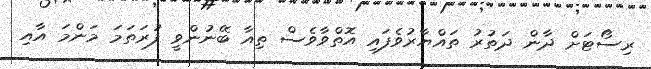
ރިސޯޓަށް ދާން ދަތުރު ތައްޔާރުވެފައި އޮތްވާވެސް ތިއާ ބޭނުންވީ ފުރަތަމަ މަންމަ އާއި